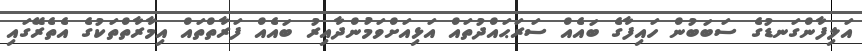
އަލިފާންގަނޑުގެ ސަބަބުން ހައިފާގެ ބައެއް ސަރަޙައްދުތައް އަޅިއަށްވަމުންދާއިރު ބައެއް ފަރާތްތައް އިމާރާތްތަކުގެ އެތެރޭގައި